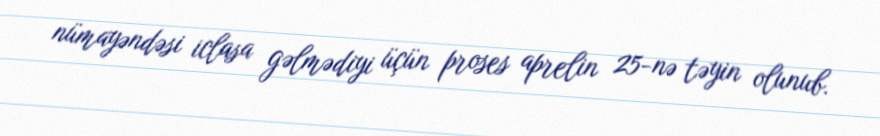
nümayəndəsi iclasa gəlmədiyi üçün proses aprelin 25-nə təyin olunub.